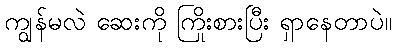
ကျွန်မလဲ ဆေးကို ကြိုးစားပြီး ရှာနေတာပဲ။